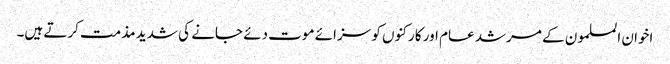
اخوان المسلمون کے مرشد عام اور کارکنوں کو سزائے موت دئے جانے کی شدید مذمت کرتے ہیں۔